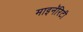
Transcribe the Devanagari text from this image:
माइनॅरिटी